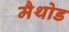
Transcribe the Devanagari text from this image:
मैथोड